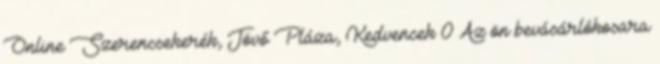
Online Szerencsekerék, Jövő Pláza, Kedvencek 0 Az ön bevásárlókosara